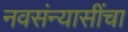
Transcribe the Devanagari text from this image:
नवसंन्यासींचा